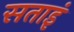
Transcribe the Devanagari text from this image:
सताइं